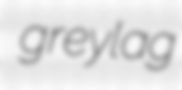
greylag